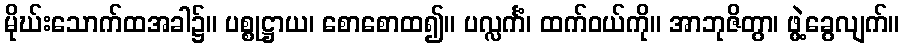
မိုဃ်းသောက်ထအခါ၌။ ပစ္စုဋ္ဌာယ၊ စောစောထ၍။ ပလ္လင်္ကံ၊ ထက်ဝယ်ကို။ အာဘုဇိတွာ၊ ဖွဲ့ခွေလျက်။